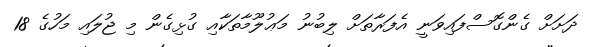
ދަށަށް ގެންގޮސްފައިވަނީ އެފަރާތަށް ލިބުނު މަޢުލޫމާތަކާއި ގުޅިގެން މި ޖުލައި މަހުގެ 18